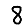
Digit: 8